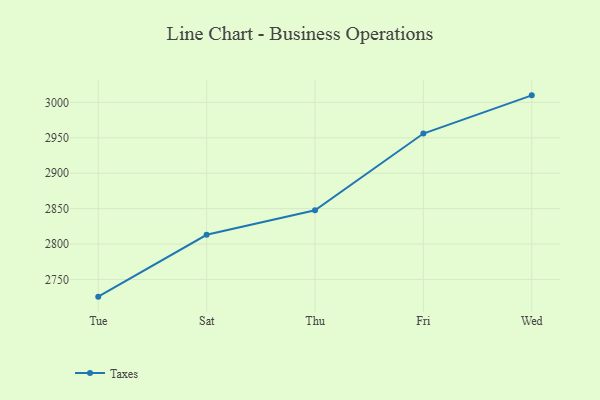
{"axis": {"x": "Day", "y": "Tickets Resolved"}, "legend": ["Taxes"], "data": [{"x": "Tue", "y": 2725.8, "type": "Taxes"}, {"x": "Sat", "y": 2813.1, "type": "Taxes"}, {"x": "Thu", "y": 2847.7, "type": "Taxes"}, {"x": "Fri", "y": 2956.0, "type": "Taxes"}, {"x": "Wed", "y": 3009.9, "type": "Taxes"}]}